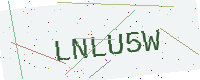
Text: LNLU5W